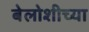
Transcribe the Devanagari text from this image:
बेलोशीच्या